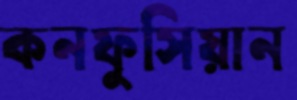
কনফুসিয়ান